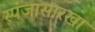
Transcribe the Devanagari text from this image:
स्पंजासारखा